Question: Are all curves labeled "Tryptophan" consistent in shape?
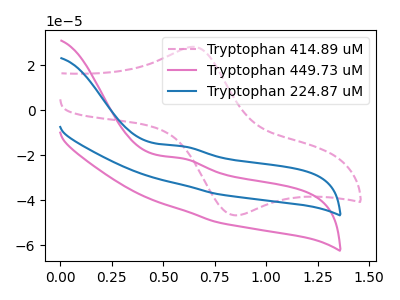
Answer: <think>The pink dashed curve "Tryptophan 414.89 uM" has an anodic peak at (0.65V, 28.20uA) and a cathodic peak at (0.85V, -46.80uA). The pink curve "Tryptophan 449.73 uM" has an anodic peak at: (0.60V, -21.40uA). The blue curve "Tryptophan 224.87 uM" has an anodic peak at: (0.60V, -16.00uA).
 "Tryptophan 414.89 uM" and "Tryptophan 449.73 uM" have a different number of peaks. "Tryptophan 414.89 uM" and "Tryptophan 224.87 uM" have a different number of peaks. All the peaks in "Tryptophan 449.73 uM" have a peak in "Tryptophan 224.87 uM" at the same potential. Every peak in "Tryptophan 449.73 uM" is lower than every peak in "Tryptophan 224.87 uM".</think>
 <answer>All the CV's of "Tryptophan" have similar shape.</answer>
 <eval>follow_rule</eval>